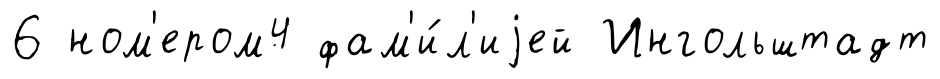
6 ном'ером4 фам'и́л'иjей Ингольштадт